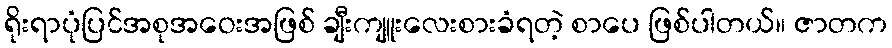
ရိုးရာပုံပြင်အစုအဝေးအဖြစ် ချီးကျူးလေးစားခံရတဲ့ စာပေ ဖြစ်ပါတယ်။ ဇာတက